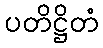
ပတိဋ္ဌိတံ